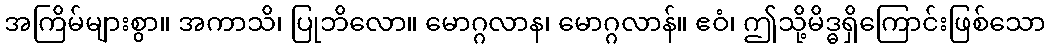
အကြိမ်များစွာ။ အကာသိ၊ ပြုဘိလော။ မောဂ္ဂလာန၊ မောဂ္ဂလာန်။ ဧဝံ၊ ဤသို့မိဒ္ဓရှိကြောင်းဖြစ်သော